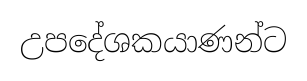
උපදේශකයාණන්ට